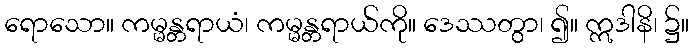
ရောသော။ ကမ္မန္တရာယံ၊ ကမ္မန္တရာယ်ကို။ ဒေဿတွာ၊ ၍။ ဣဒါနိ၊ ၌။